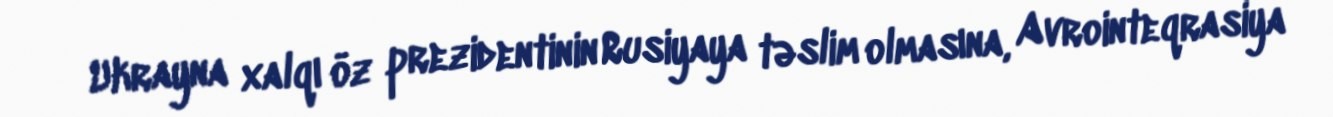
Ukrayna xalqı öz prezidentinin Rusiyaya təslim olmasına, Avrointeqrasiya